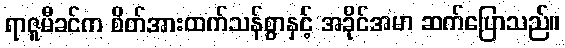
ရာဇူမီခင်က စိတ်အားထက်သန်စွာနှင့် အခိုင်အမာ ဆက်ပြောသည်။